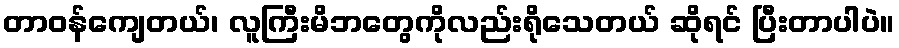
တာဝန်ကျေတယ်၊ လူကြီးမိဘတွေကိုလည်းရိုသေတယ် ဆိုရင် ပြီးတာပါပဲ။